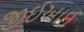
જીઈઆઈ